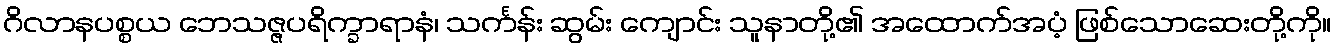
ဂိလာနပစ္စယ ဘေသဇ္ဇပရိက္ခာရာနံ၊ သင်္ကန်း ဆွမ်း ကျောင်း သူနာတို့၏ အထောက်အပံ့ ဖြစ်သောဆေးတို့ကို။